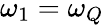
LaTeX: \omega_{1}=\omega_{Q}